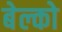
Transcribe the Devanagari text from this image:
बेल्को